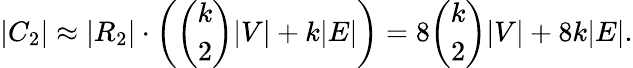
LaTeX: |C_{2}|\approx|R_{2}|\cdot\left(\binom{k}{2}|V|+k|E|\right)=8\binom{k}{2}|V|+8k|E|.